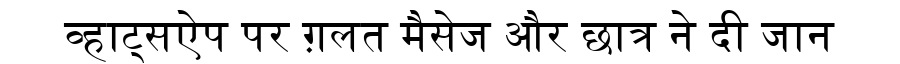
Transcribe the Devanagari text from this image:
व्हाट्सऐप पर ग़लत मैसेज और छात्र ने दी जान